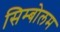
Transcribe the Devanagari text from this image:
सिम्बोलम